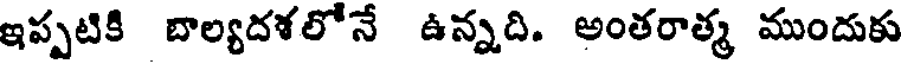
ఇప్పటికి బాల్యదళలోనే ఉన్నది. అంతరాత్మ ముందుకు